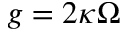
g = 2 \kappa \Omega